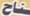
ناح